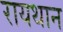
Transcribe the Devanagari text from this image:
रायथान